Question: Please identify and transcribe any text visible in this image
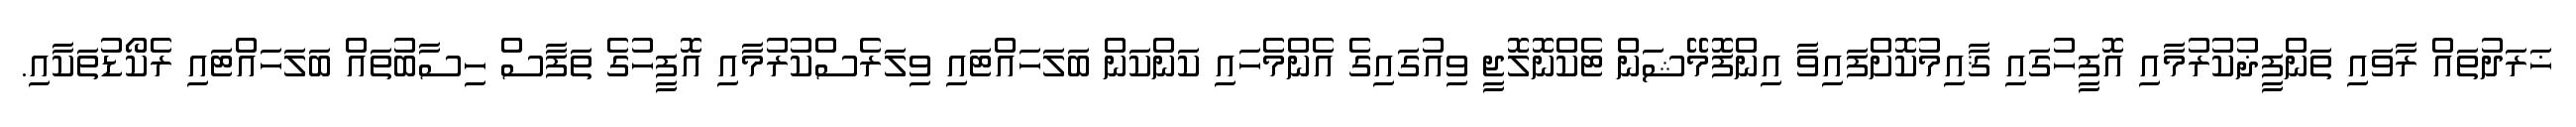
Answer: ޚަރަދުތައް ރާވައި ތަންފީޛުކުރުމާއި އޮފީހުގައި ޤާއިމުކޮށްފައިވާ އިންފޮމޭޝަން ޓެކްނޮލޮޖީ ވިއުގައިގެ އެންމެހައި ކަންކަން ބަލަހައްޓައި ވިލަރެސްކުރުމާއި އޮފީހުގެ ތަފާސް ހިސާބުތައް ބަލަހައްޓައި ރެކޯޑުތަކާއި.